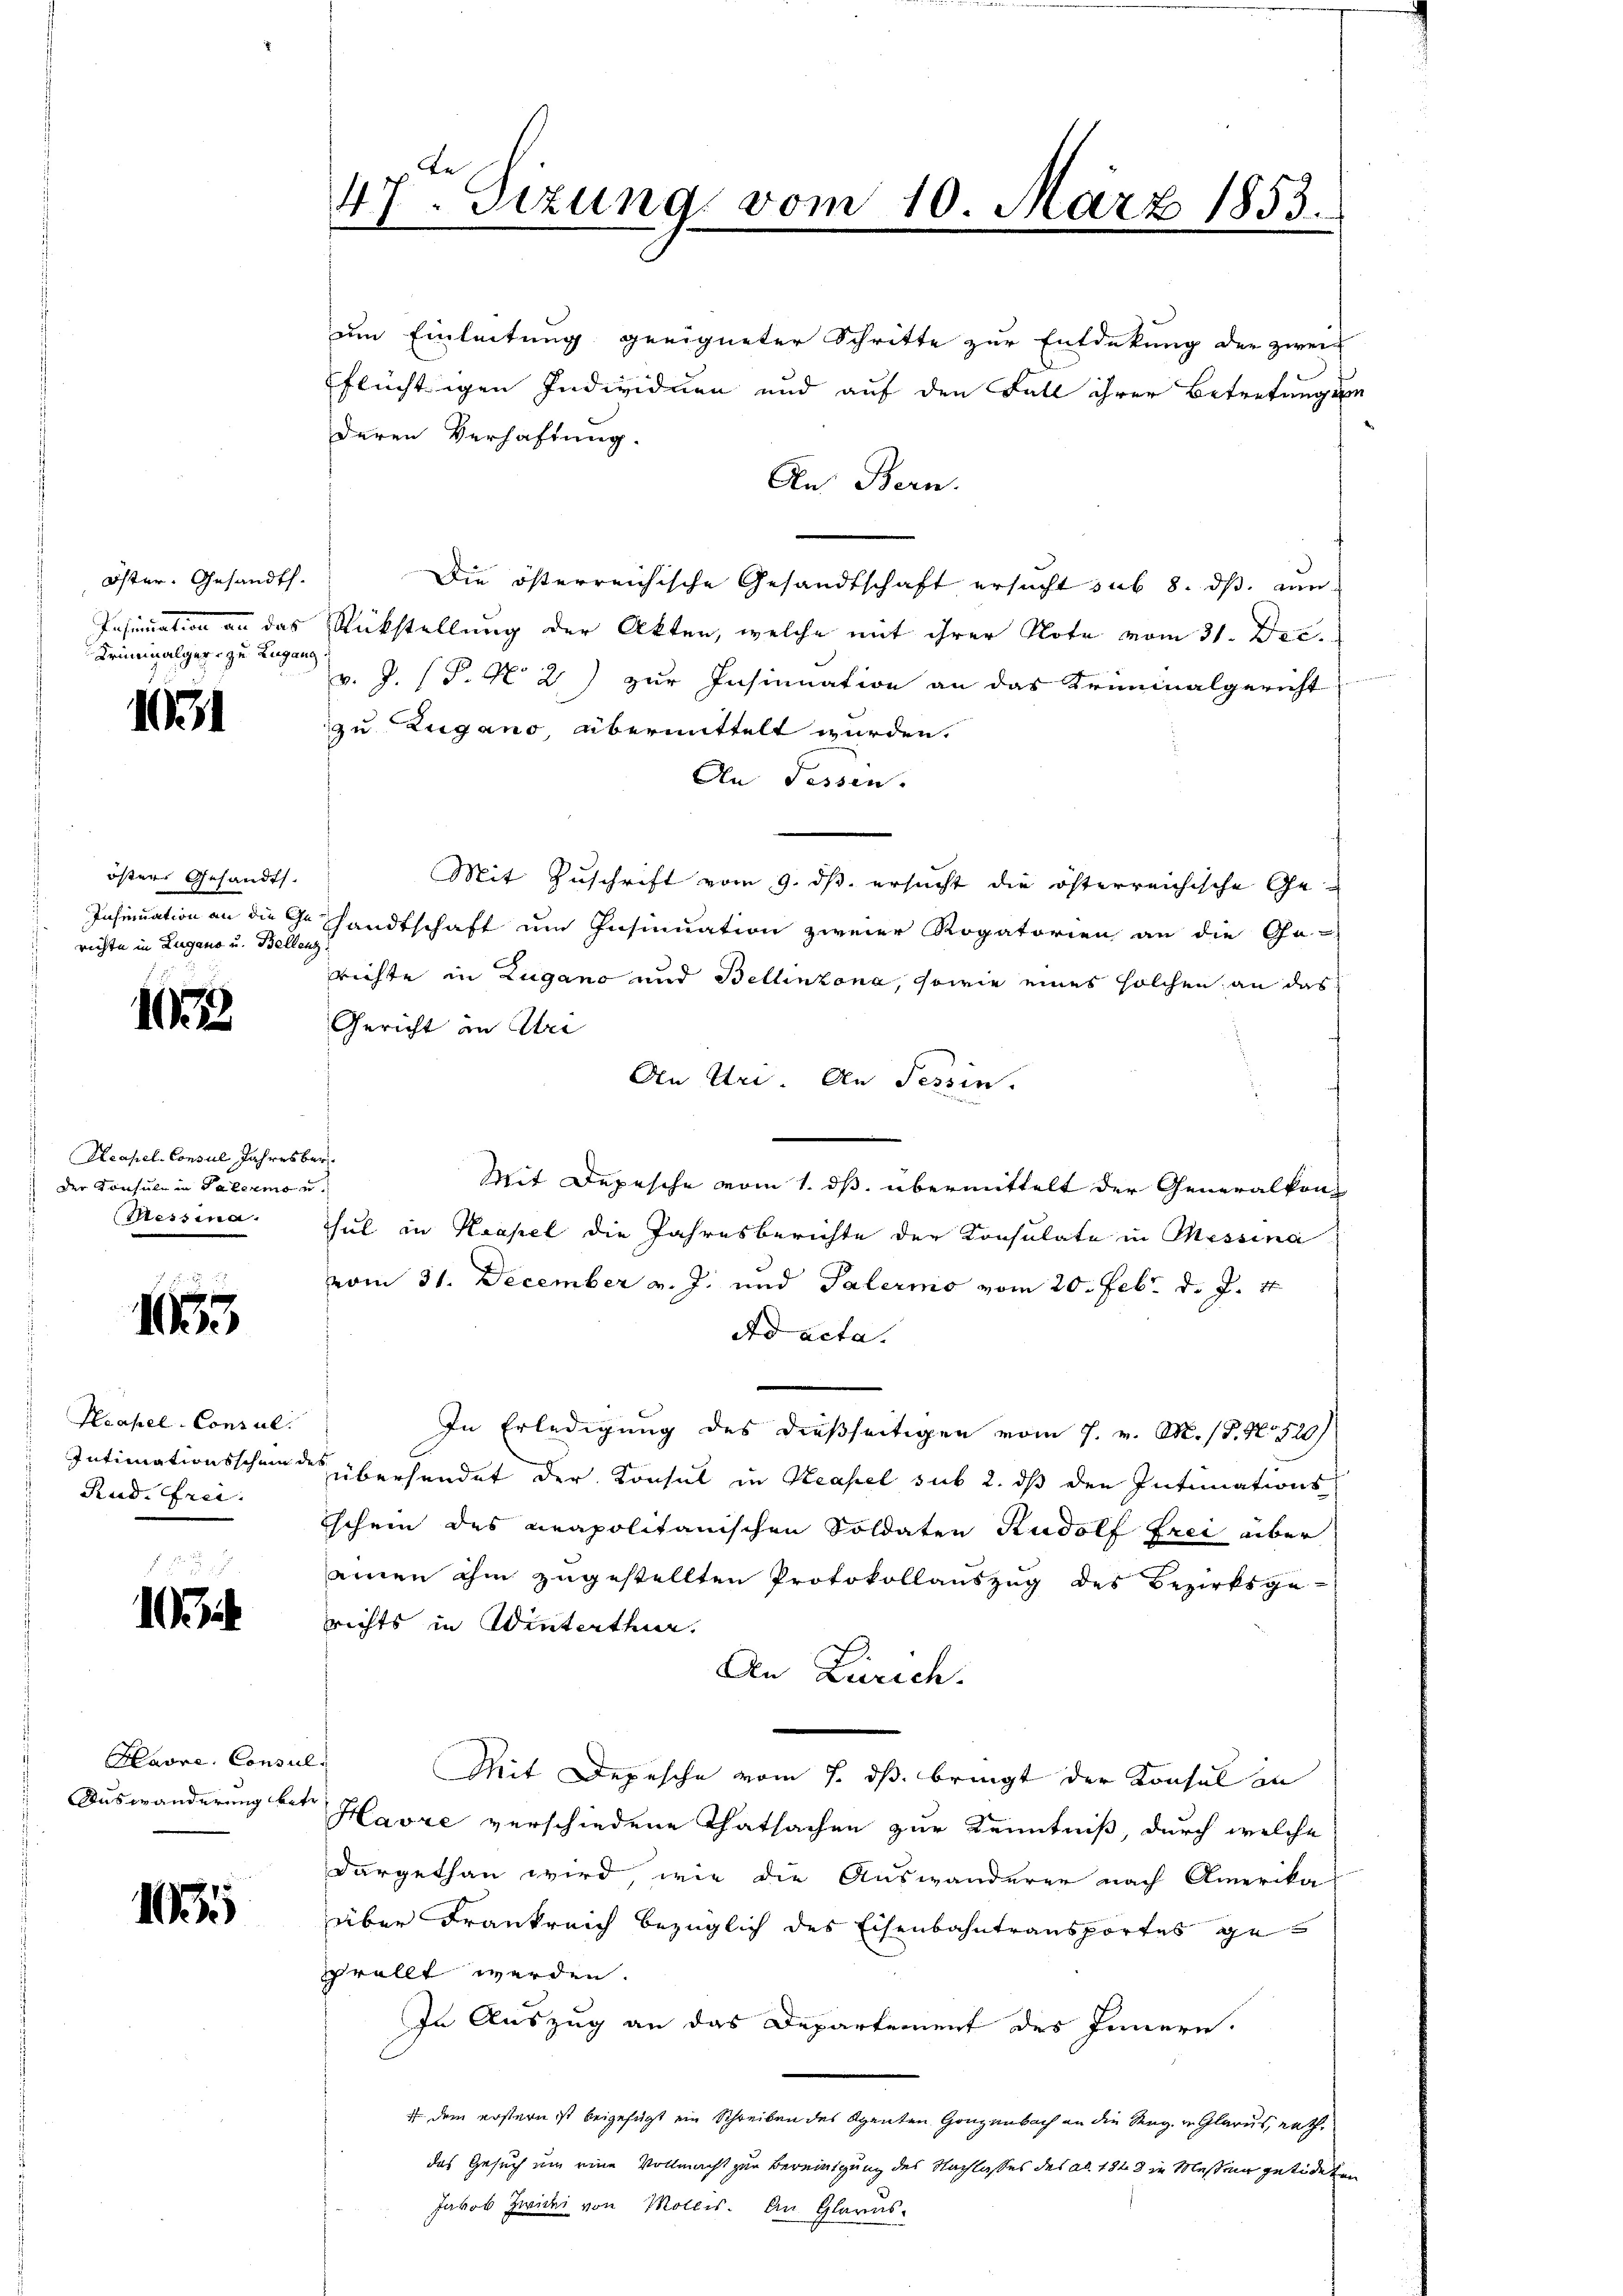
Öster. Gesandt.
Insinuation das
Kriminalger zu Zugan

1931

öster Gesandts.
Schneten an die 9.
 richte in Lugano u. Belle

107

Neapel-Consul Jahresbe
der Konsul in Palermon
Messina.

1655

Peapel-Consul
Intimationsschend
Rud. Frei-

1

Havre, Consul
Auswanderung bet

10

47. Sizung vom 10. März 1853.

um Einleitung geeigneter Schritte zur Entdekung der zwei
flüchtigen Individuen und auf den Fall ihrer Betretung se
deren Verhaftung.
An Bern.
Die österreichische Gesandtschaft ersucht sub 8. ds. an
Rückstellung der Akten, welche mit ihrer Note vom 31. Dec.
v. J. (T. N. 2) zur Insinuation an das Kriminalgericht
zu Zugano, übermittelt wurden.
An Tessin.
Mit Zuschrift vom 9. ds. ersucht die österreichische Gesandtschaft um Insinuation zweier Rogatorien an die Ge-
richte in Zugano und Bellinzona, sowie eines solchen an das
Gericht an Abre
An Uri. An Tessin.
¬
Mit Depesche vom 1. ds. übermittelt der Generalkon-
sul in Kapel die Jahresberichte der Konsulate in Messina
vom 31. December v. J. und Palermo vom 20. Febr. d. J. 1
Ad acta.
In Erledigung des dießseitigen vom 7. v. M. 18. No 520)
überhandet der Konsul in Neapel sub 2. dß den Intimations
Eschein des neapolitanischen Soldaten Rudolf Frei aber
ainen ihm zugestellten Protokollauszug des Bezirksgerichts in Winterthur.
An Zürich.
Mit Depesche vom 1. ds. bringt der Konsul in
Havre verschiedene Thatsachen zur Kenntniß, durch welche
dargethan wird, wie die Auswanderer nach Amerika
über Frankreich bezüglich des Eisenbahntransportes gegrollt werden.
In Auszug an das Departement des Innern.
t dem erstern ist beigefügt ein Schreiben des Agenten Ganzenbach an die Reg. v. Glarus, nath.
das Gesuch um eine Vollmacht zur Bereinigung des Nachlasses des ab. 1828 in Massen getideten
Jakob Zwicki von Mollis. An Glarus.